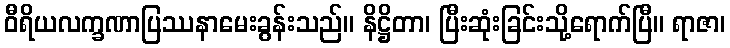
ဝီရိယလက္ခဏာပြဿနာမေးခွန်းသည်။ နိဋ္ဌိတာ၊ ပြီးဆုံးခြင်းသို့ရောက်ပြီ။ ရာဇာ၊